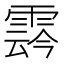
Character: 𩃬